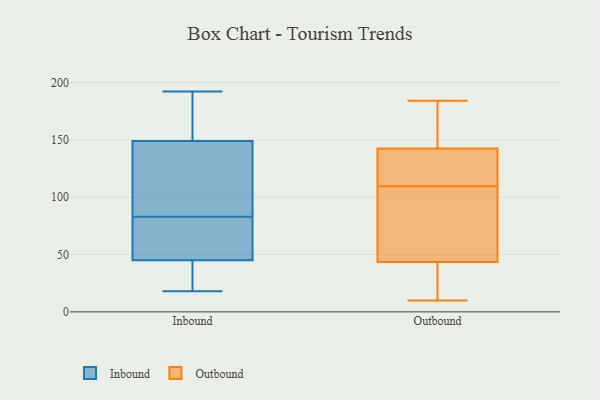
{"axis": {"x": "Satisfaction Score", "y": "Value"}, "legend": ["Inbound", "Outbound"], "data": [{"x": "", "y": 18, "type": "Inbound"}, {"x": "", "y": 18, "type": "Inbound"}, {"x": "", "y": 88, "type": "Inbound"}, {"x": "", "y": 78, "type": "Inbound"}, {"x": "", "y": 173, "type": "Inbound"}, {"x": "", "y": 42, "type": "Inbound"}, {"x": "", "y": 108, "type": "Inbound"}, {"x": "", "y": 173, "type": "Inbound"}, {"x": "", "y": 48, "type": "Inbound"}, {"x": "", "y": 192, "type": "Inbound"}, {"x": "", "y": 59, "type": "Inbound"}, {"x": "", "y": 125, "type": "Inbound"}, {"x": "", "y": 26, "type": "Outbound"}, {"x": "", "y": 184, "type": "Outbound"}, {"x": "", "y": 129, "type": "Outbound"}, {"x": "", "y": 61, "type": "Outbound"}, {"x": "", "y": 120, "type": "Outbound"}, {"x": "", "y": 10, "type": "Outbound"}, {"x": "", "y": 161, "type": "Outbound"}, {"x": "", "y": 46, "type": "Outbound"}, {"x": "", "y": 114, "type": "Outbound"}, {"x": "", "y": 184, "type": "Outbound"}, {"x": "", "y": 76, "type": "Outbound"}, {"x": "", "y": 81, "type": "Outbound"}, {"x": "", "y": 12, "type": "Outbound"}, {"x": "", "y": 30, "type": "Outbound"}, {"x": "", "y": 105, "type": "Outbound"}, {"x": "", "y": 156, "type": "Outbound"}, {"x": "", "y": 123, "type": "Outbound"}, {"x": "", "y": 165, "type": "Outbound"}, {"x": "", "y": 117, "type": "Outbound"}, {"x": "", "y": 41, "type": "Outbound"}]}